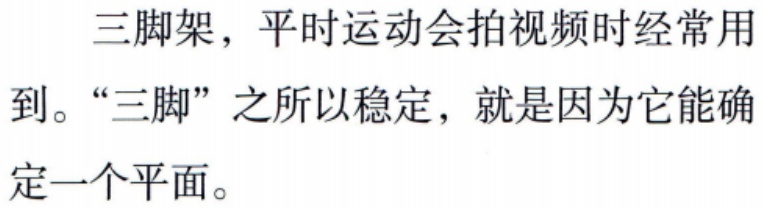
三脚架，平时运动会拍视频时经常用到。“三脚”之所以稳定，就是因为它能确定一个平面。